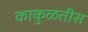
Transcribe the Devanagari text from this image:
काकुळतीस